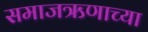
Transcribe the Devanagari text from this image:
समाजऋणाच्या